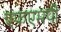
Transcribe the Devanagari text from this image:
एफएमपी